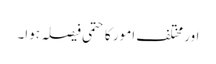
اور مختلف امور کا حتمی فیصلہ ہوا۔